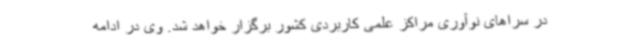
در سراهای نوآوری مراکز علمی کاربردی کشور برگزار خواهد شد. وی در ادامه